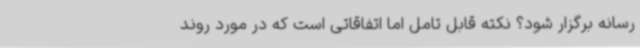
رسانه برگزار شود؟ نکته قابل تامل اما اتفاقاتی است که در مورد روند